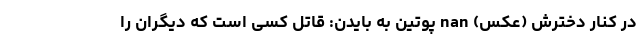
در کنار دخترش (عکس) nan پوتین به بایدن: قاتل کسی است که دیگران را